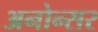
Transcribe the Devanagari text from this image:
अनोन्सर